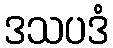
ဒသပဒံ